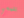
تلمسي